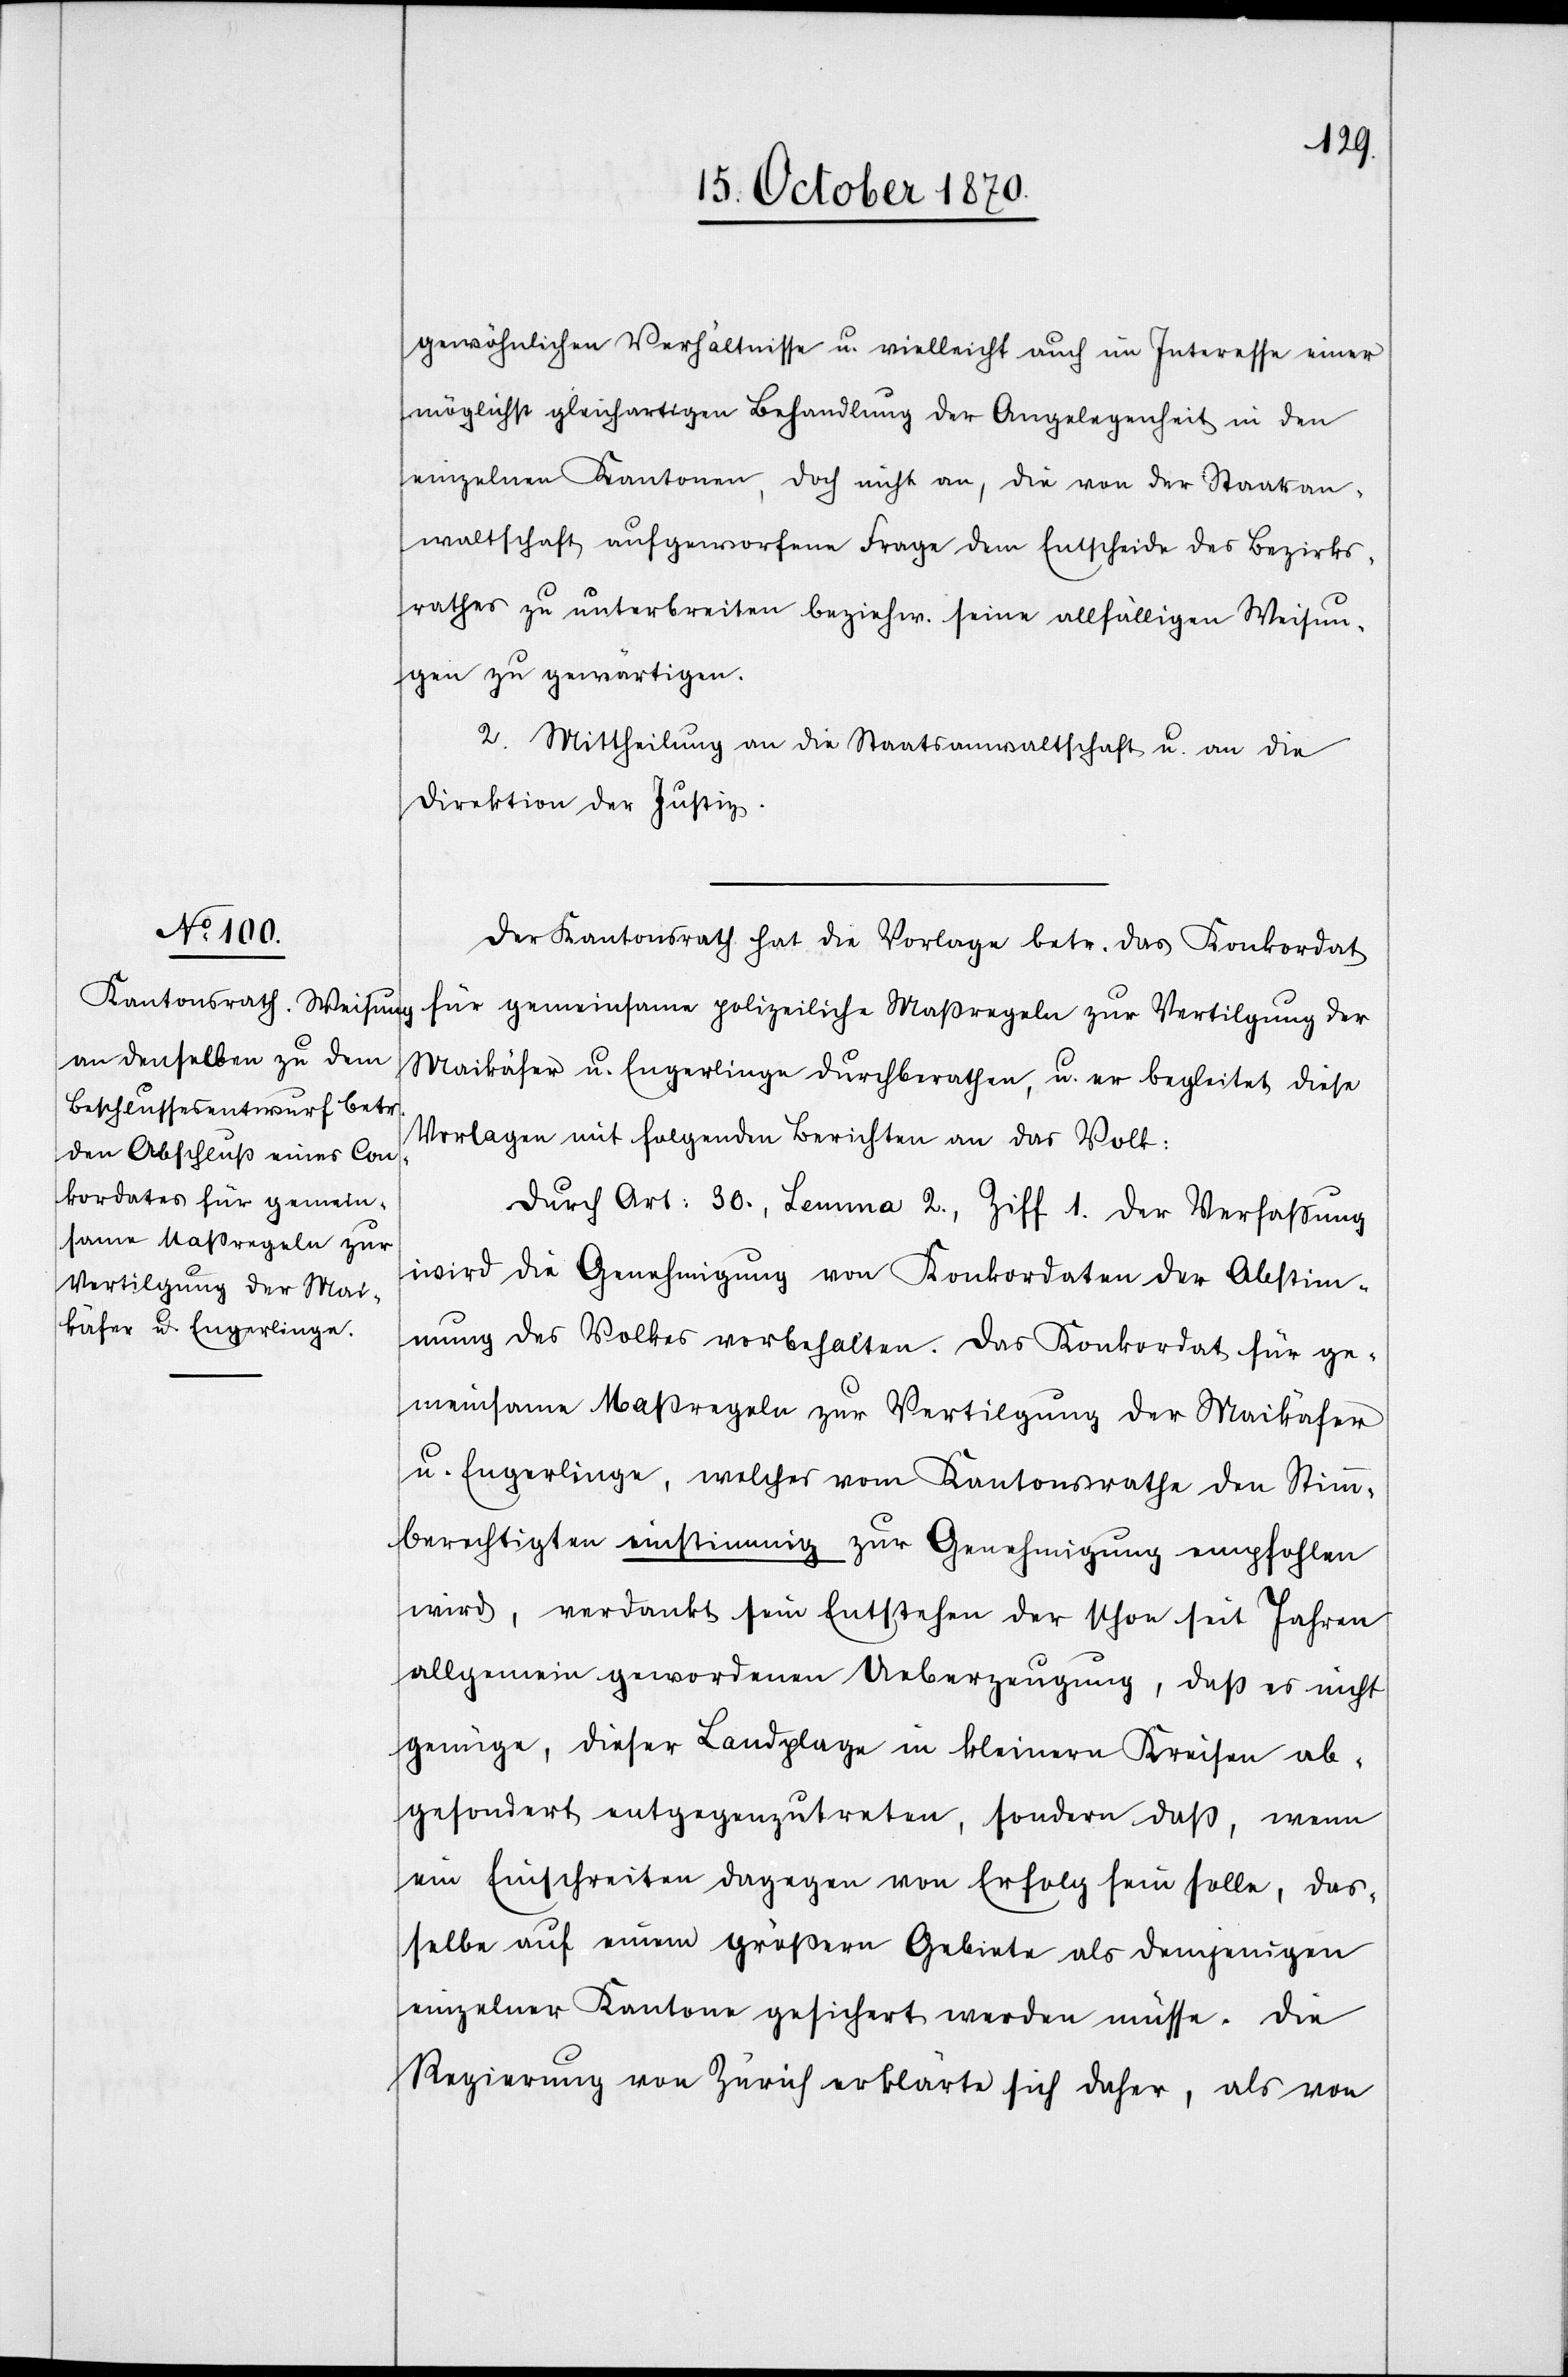
gewöhnlichen Verhältnisse u. vielleicht auch im Interesse einer
möglichst gleichartigen Behandlung der Angelegenheit in den
einzelnen Kantonen, doch nicht an, die von der Staatsan¬
waltschaft aufgeworfene Frage dem Entscheide des Bezirks¬
rathes zu unterbreiten beziehw. seine allfälligen Weisun¬
gen zu gewärtigen.
2. Mittheilung an die Staatsanwaltschaft u. an die
Direktion der Justiz.
Der Kantonsrath hat die Vorlage betr. das Konkordat
für gemeinsame polizeiliche Maßregeln zur Vertilgung der
Maikäfer u. Engerlinge durchberathen, u. er begleitete diese
Vorlagen mit folgenden Berichten an das Volk:
Durch Art: 30., Lemma 2., Ziff 1. der Verfassung
wird die Genehmigung von Konkordaten der Abstim¬
mung des Volkes vorbehalten. Das Konkordat für ge¬
meinsame Maßregeln zur Vertilgung der Maikäfer
u. Engerlinge, welches vom Kantonsrathe den Stimm¬
berechtigten einstimmig zur Genehmigung empfohlen
wird, verdankt sein Entstehen der schon seit Jahren
allgemein gewordenen Ueberzeugung, daß es nicht
genüge, dieser Landplage in kleinern Kreisen ab¬
gesondert entgegenzutreten, sondern daß, wenn
ein Einschreiten dagegen von Erfolg sein solle, das¬
selbe auf neuem größern Gebiete als demjenigen
einzelner Kantone gesichert werden müsse. Die
Regierung von Zürich erklärte sich daher, als von